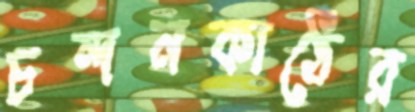
চন্দনকাঠের